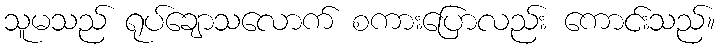
သူမသည် ရုပ်ချောသလောက် စကားပြောလည်း ကောင်းသည်။